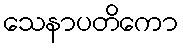
သေနာပတိကော